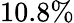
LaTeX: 10.8\%